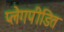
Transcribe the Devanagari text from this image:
प्लेगपीडित